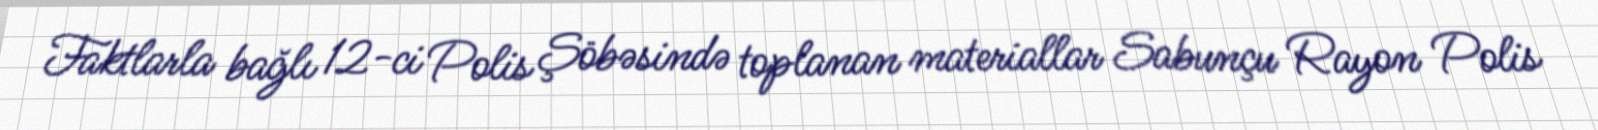
Faktlarla bağlı 12-ci Polis Şöbəsində toplanan materiallar Sabunçu Rayon Polis